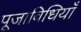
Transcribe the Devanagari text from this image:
पूजाविधियाँ